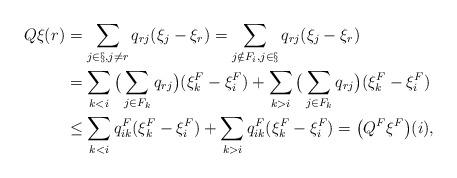
LaTeX: \begin{align*}Q\xi(r)&=\sum_{j\in\S,j\neq r} q_{rj}(\xi_j-\xi_r)=\sum_{j\notin F_i,j\in \S}q_{rj}(\xi_j-\xi_r)\\&=\sum_{k<i}\big(\sum_{j\in F_k} q_{rj}\big)(\xi_k^F-\xi_i^F)+\sum_{k>i}\big(\sum_{j\in F_k}q_{rj}\big)(\xi_k^F-\xi_i^F)\\&\leq \sum_{k<i} q_{ik}^F(\xi_k^F-\xi_i^F)+\sum_{k>i}q_{ik}^F(\xi_k^F-\xi_i^F)=\big(Q^F\xi^F\big)(i),\end{align*}